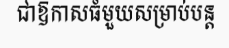
ជាឱកាសធំមួយសម្រាប់បន្ត